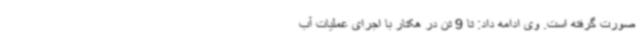
صورت گرفته است. وی ادامه داد: تا 9 تن در هکتار با اجرای عملیات آب